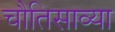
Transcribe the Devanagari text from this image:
चौतिसाव्या